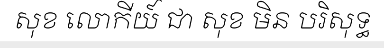
សុខ លោកីយ៍ ជា សុខ មិន បរិសុទ្ធ